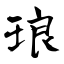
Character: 琅